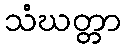
သံဃတ္တာ